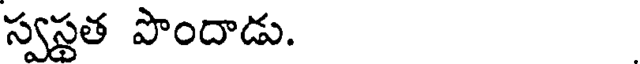
స్వస్థత పొందాడు.